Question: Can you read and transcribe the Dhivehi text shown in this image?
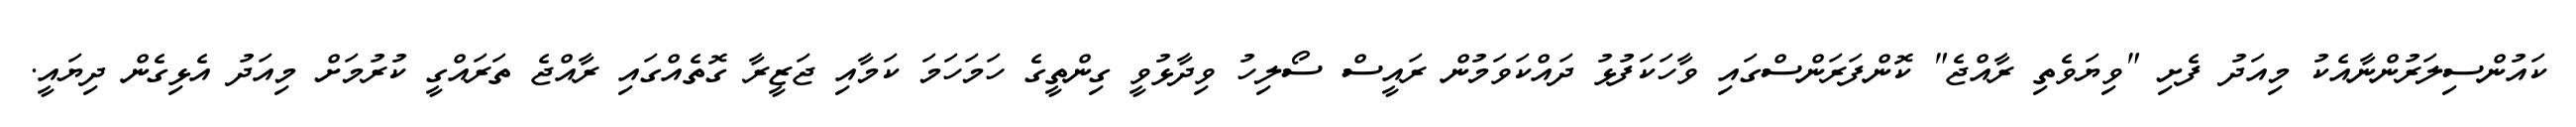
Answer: ކައުންސިލަރުންނާއެކު މިއަދު ފެށި "ވިޔަވެތި ރާއްޖެ" ކޮންފަރަންސްގައި ވާހަކަފުޅު ދައްކަވަމުން ރައީސް ސޯލިހު ވިދާޅުވީ ގިންތީގެ ހަމަހަމަ ކަމާއި ޖަޒީރާ ގޮތެއްގައި ރާއްޖެ ތަރައްގީ ކުރުމަށް މިއަދު އެޅިގެން ދިޔައީ.